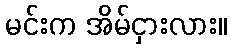
မင်းက အိမ်ငှားလား။